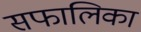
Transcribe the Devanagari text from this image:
सफालिका